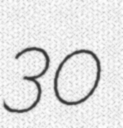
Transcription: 30